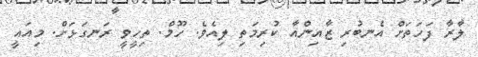
ލާރާ ފަހަތަށް އެނބުރި ޒާއިންއާ ކުރިމަތި ލިއެވެ. ހޫމް. ތިހީވީ ރަނގަޅަށް. މިއައީ